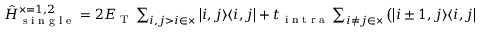
\begin{array} { r } { \hat { H } _ { \textrm { s i n g l e } } ^ { \times = 1 , 2 } = 2 E _ { \textrm { T } } \sum _ { i , j > i \in \times } \left| i , j \rangle \langle i , j \right| + t _ { \textrm { i n t r a } } \sum _ { i \ne j \in \times } \left( \left| i \pm 1 , j \rangle \langle i , j \right| + \textrm { H . C . } \right) - V \sum _ { i \in \times } \left| i , i + 1 \rangle \langle i , i + 1 \right| . } \end{array}